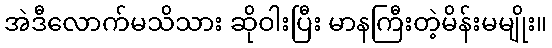
အဲဒီလောက်မသိသား ဆိုဝါးပြီး မာနကြီးတဲ့မိန်းမမျိုး။